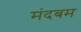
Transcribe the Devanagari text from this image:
मंदबम